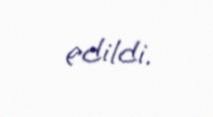
edildi.